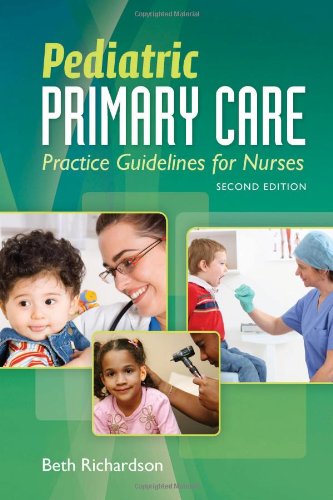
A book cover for Pediatric Primary Care: Practice Guidelines for Nurses; Beth Richardson; Medical Books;